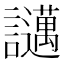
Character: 𧮇